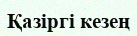
Қазіргі кезең